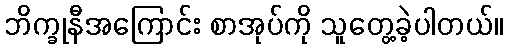
ဘိက္ခုနီအကြောင်း စာအုပ်ကို သူတွေ့ခဲ့ပါတယ်။